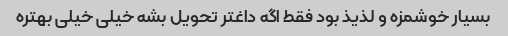
بسیار خوشمزه و لذیذ بود فقط اگه داغتر تحویل بشه خیلی خیلی بهتره